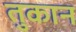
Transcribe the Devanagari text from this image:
तुकान